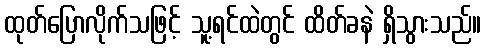
ထုတ်ပြောလိုက်သဖြင့် သူ့ရင်ထဲတွင် ထိတ်ခနဲ ရှိသွားသည်။